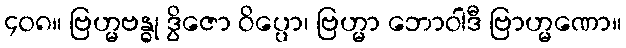
၄၀၈။ ဗြဟ္မဗန္ဓု ဒွိဇော ဝိပ္ပော၊ ဗြဟ္မာ ဘောဝါဒီ ဗြာဟ္မဏော။